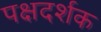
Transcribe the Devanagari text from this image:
पक्षदर्शक